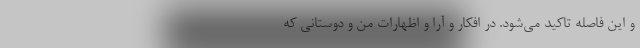
و این فاصله تاکید می‌شود. در افکار و آرا و اظهارات من و دوستانی که